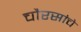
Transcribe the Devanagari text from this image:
चौरसांचे